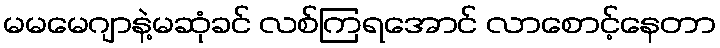
မမမေဂျာနဲ့မဆုံခင် လစ်ကြရအောင် လာစောင့်နေတာ